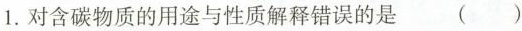
1.对含碳物质的用途与性质解释错误的是()